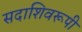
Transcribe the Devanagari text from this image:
सदाशिवरूपी